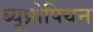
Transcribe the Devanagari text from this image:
ब्यूप्रोपियन